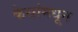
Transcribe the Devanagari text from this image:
केसांमधून